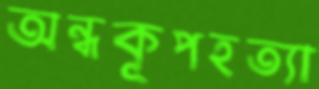
অন্ধকূপহত্যা